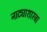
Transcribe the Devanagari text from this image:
नाट्याशास्त्रा